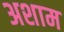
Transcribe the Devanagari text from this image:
अशाम